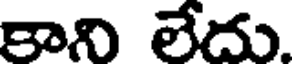
కాని లేదు.